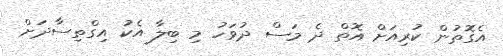
އެގޮތުން ކުރިއަށް އޮތް ދެ މަސް ދުވަހު މި ބިލާ އެކު އިގްތިސާދަށް